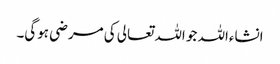
انشاءاللہ جو اللہ تعالی کی مرضی ہوگی۔